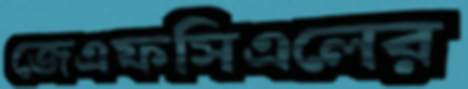
জেএফসিএলের